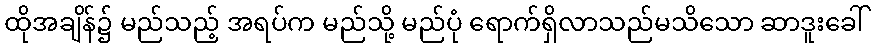
ထိုအချိန်၌ မည်သည့် အရပ်က မည်သို့ မည်ပုံ ရောက်ရှိလာသည်မသိသော ဆာဒူးခေါ်